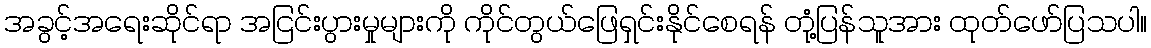
အခွင့်အရေးဆိုင်ရာ အငြင်းပွားမှုများကို ကိုင်တွယ်ဖြေရှင်းနိုင်စေရန် တုံ့ပြန်သူအား ထုတ်ဖော်ပြသပါ။